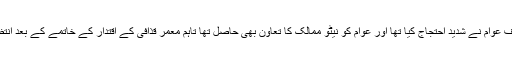
یاد رہے کہ لیبیا میں 2011 میں اس وقت کے مضبوط حکمران معمر قذافی کے خلاف عوام نے شدید احتجاج کیا تھا اور عوام کو نیٹو ممالک کا تعاون بھی حاصل تھا تاہم معمر قذافی کے اقتدار کے خاتمے کے بعد انتظامیہ اور مسلح گروہوں کے درمیان حکومت کے حصول کے لیے لڑائی شروع ہوئی۔